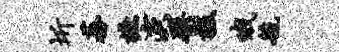
圻蕃摭演檗援哦毓